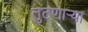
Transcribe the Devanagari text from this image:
तुटणाऱ्या